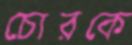
চোরকে